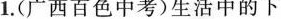
1.(广西百色中考)生活中的下